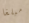
مبلغا